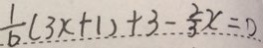
\frac { 1 } { 6 } ( 3 x + 1 ) + 3 - \frac { 2 } { 3 } x = 0